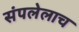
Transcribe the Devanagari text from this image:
संपलेलाच